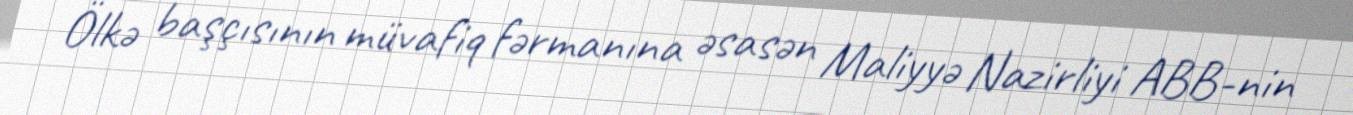
Ölkə başçısının müvafiq fərmanına əsasən Maliyyə Nazirliyi ABB-nin